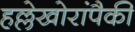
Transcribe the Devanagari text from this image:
हल्लेखोरांपैकी